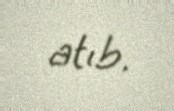
atıb.